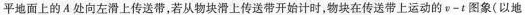
平地面上的A处向左滑上传送带，若从物块滑上传送带开始计时，物块在传送带上运动的v-t图象(以地